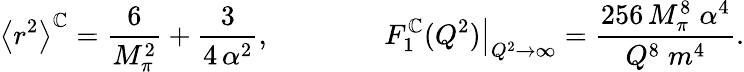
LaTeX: \left<r^{2}\right>^{\mathbb{C}}=\frac{{6}}{{M_{\pi}^{2}}}+\frac{{3}}{{4\, \alpha^{2}}},\qquad\qquad\left.F_{1}^{\mathbb{C}}(Q^{2})\right|_{Q^{2}\rightarrow\infty}=\frac{{256\, M_{\pi}^{8}\; \alpha^{4}}}{{Q^{8}\; m^{4}}}.